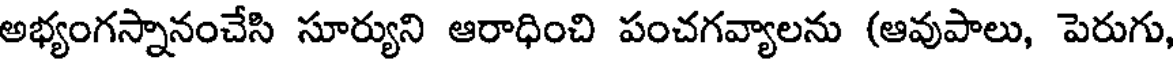
అభ్యంగస్నానంచేసి సూర్యుని ఆరాధించి పంచగవ్యాలను (ఆవుపాలు, పెరుగు,